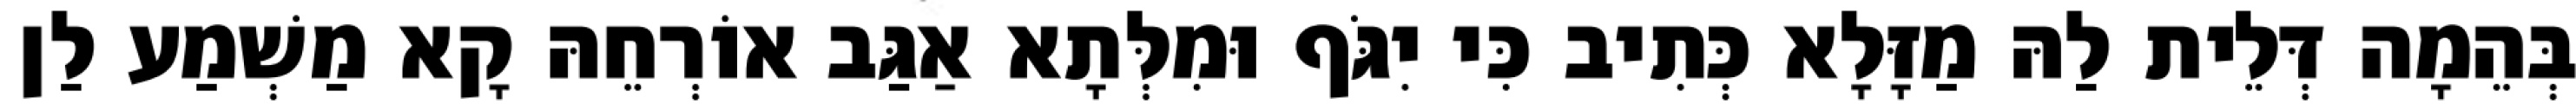
בְּהֵמָה דְּלֵית לַהּ מַזָּלָא כְּתִיב כִּי יִגֹּף וּמִלְּתָא אַגַּב אוֹרְחֵהּ קָא מַשְׁמַע לַן